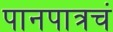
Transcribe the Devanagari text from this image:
पानपात्रचं